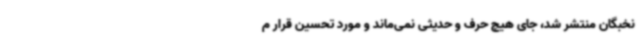
نخبگان منتشر شد، جای هیچ حرف و حدیثی نمی‌ماند و مورد تحسین قرار م